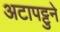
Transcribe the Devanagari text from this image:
अटापट्टुने